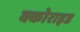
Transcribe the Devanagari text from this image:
क्कोराइड